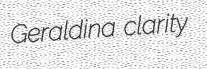
Geraldina clarity